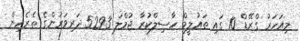
މިއަހަރު ގްރޭޑް 10 ގައި ތައުލީމް ހާސިލްކުރާ ޖުމްލަ 5293 ދަރިވަރުންގެ ތެރެއިން